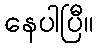
နေပါပြီ။